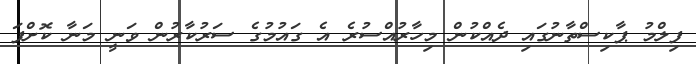
ފިލްމު ޕާކިސްތާނުގައި ދެއްކުން މިހާރުއްސުރެ އެ ގައުމުގެ ސަރުކާރުން ވަނީ މަނާ ކޮށްފަ